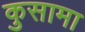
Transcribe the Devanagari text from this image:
कुसामा